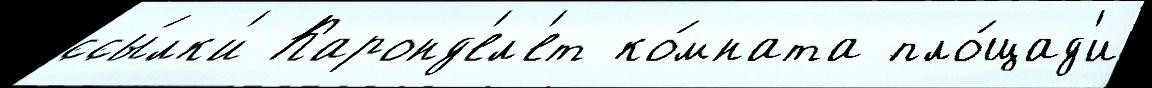
ссы́лк'и Каронд'ел'ет ко́мната пло́щад'и